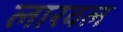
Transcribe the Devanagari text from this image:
लारवल